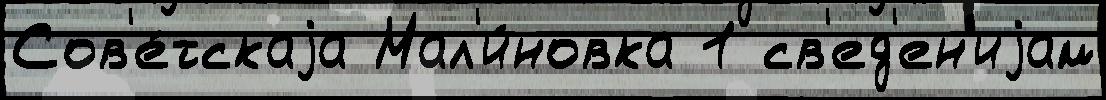
Сов'е́тскаjа Мал'и́новка 1 св'ед'ен'иjам